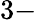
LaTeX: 3-